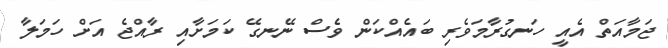
ޖަމާއަތް އެއީ ހަނގުރާމަވެރި ބައެއްކަން ވެސް ނޭނގޭ ކަމަށާއި ރާއްޖެ އަށް ހަމަލާ